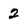
Character: 2